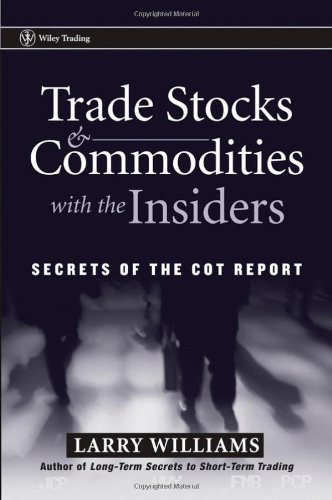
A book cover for Trade Stocks and Commodities with the Insiders: Secrets of the COT Report; Larry R. Williams; Business & Money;